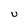
Character: U